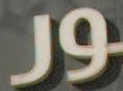
J9